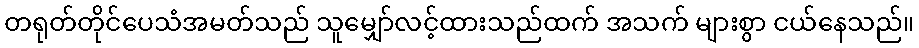
တရုတ်တိုင်ပေသံအမတ်သည် သူမျှော်လင့်ထားသည်ထက် အသက် များစွာ ငယ်နေသည်။